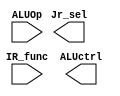
module ALUControl (
	IR_func,
	ALUOp,
	Jr_sel,
	ALUctrl
);

	input [5:0] IR_func;
	input [1:0] ALUOp;
	output reg Jr_sel;
	output reg [3:0] ALUctrl;



endmodule